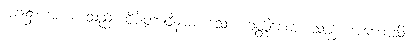
အခါ၌။ အယံ၊ သည်။ ဝိဇိတာဝီနာမ၊ သော။ ခတ္တိယော၊ သည်။ အဟောသိ၊